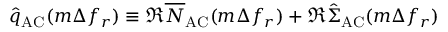
\hat { q } _ { \mathrm { A C } } ( m \Delta f _ { r } ) \equiv \Re \overline { N } _ { \mathrm { A C } } ( m \Delta f _ { r } ) + \Re \hat { \Sigma } _ { \mathrm { A C } } ( m \Delta f _ { r } )